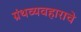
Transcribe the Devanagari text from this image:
ग्रंथव्यवहाराचे